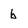
Character: b